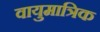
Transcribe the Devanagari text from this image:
वायुमात्रिक